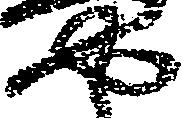
や